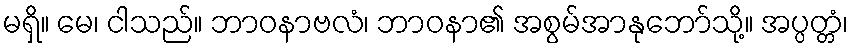
မရှိ။ မေ၊ ငါသည်။ ဘာဝနာဗလံ၊ ဘာဝနာ၏ အစွမ်အာနုဘော်သို့။ အပ္ပတ္တံ၊